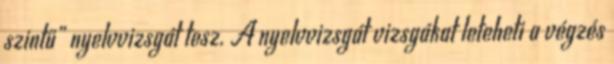
szintű” nyelvvizsgát tesz. A nyelvvizsgát vizsgákat leteheti a végzés